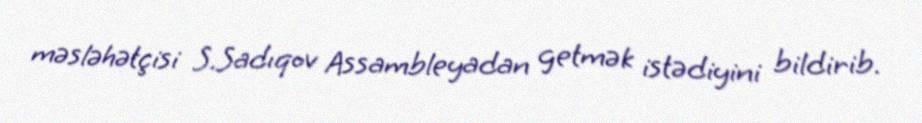
məsləhətçisi S.Sadıqov Assambleyadan getmək istədiyini bildirib.